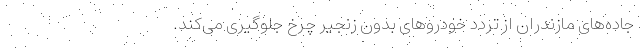
جاده‌های مازندران از تردد خودرو‌های بدون زنجیر چرخ جلوگیری می‌کند.